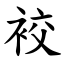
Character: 䘨